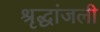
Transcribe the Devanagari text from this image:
श्रृद्धांजली